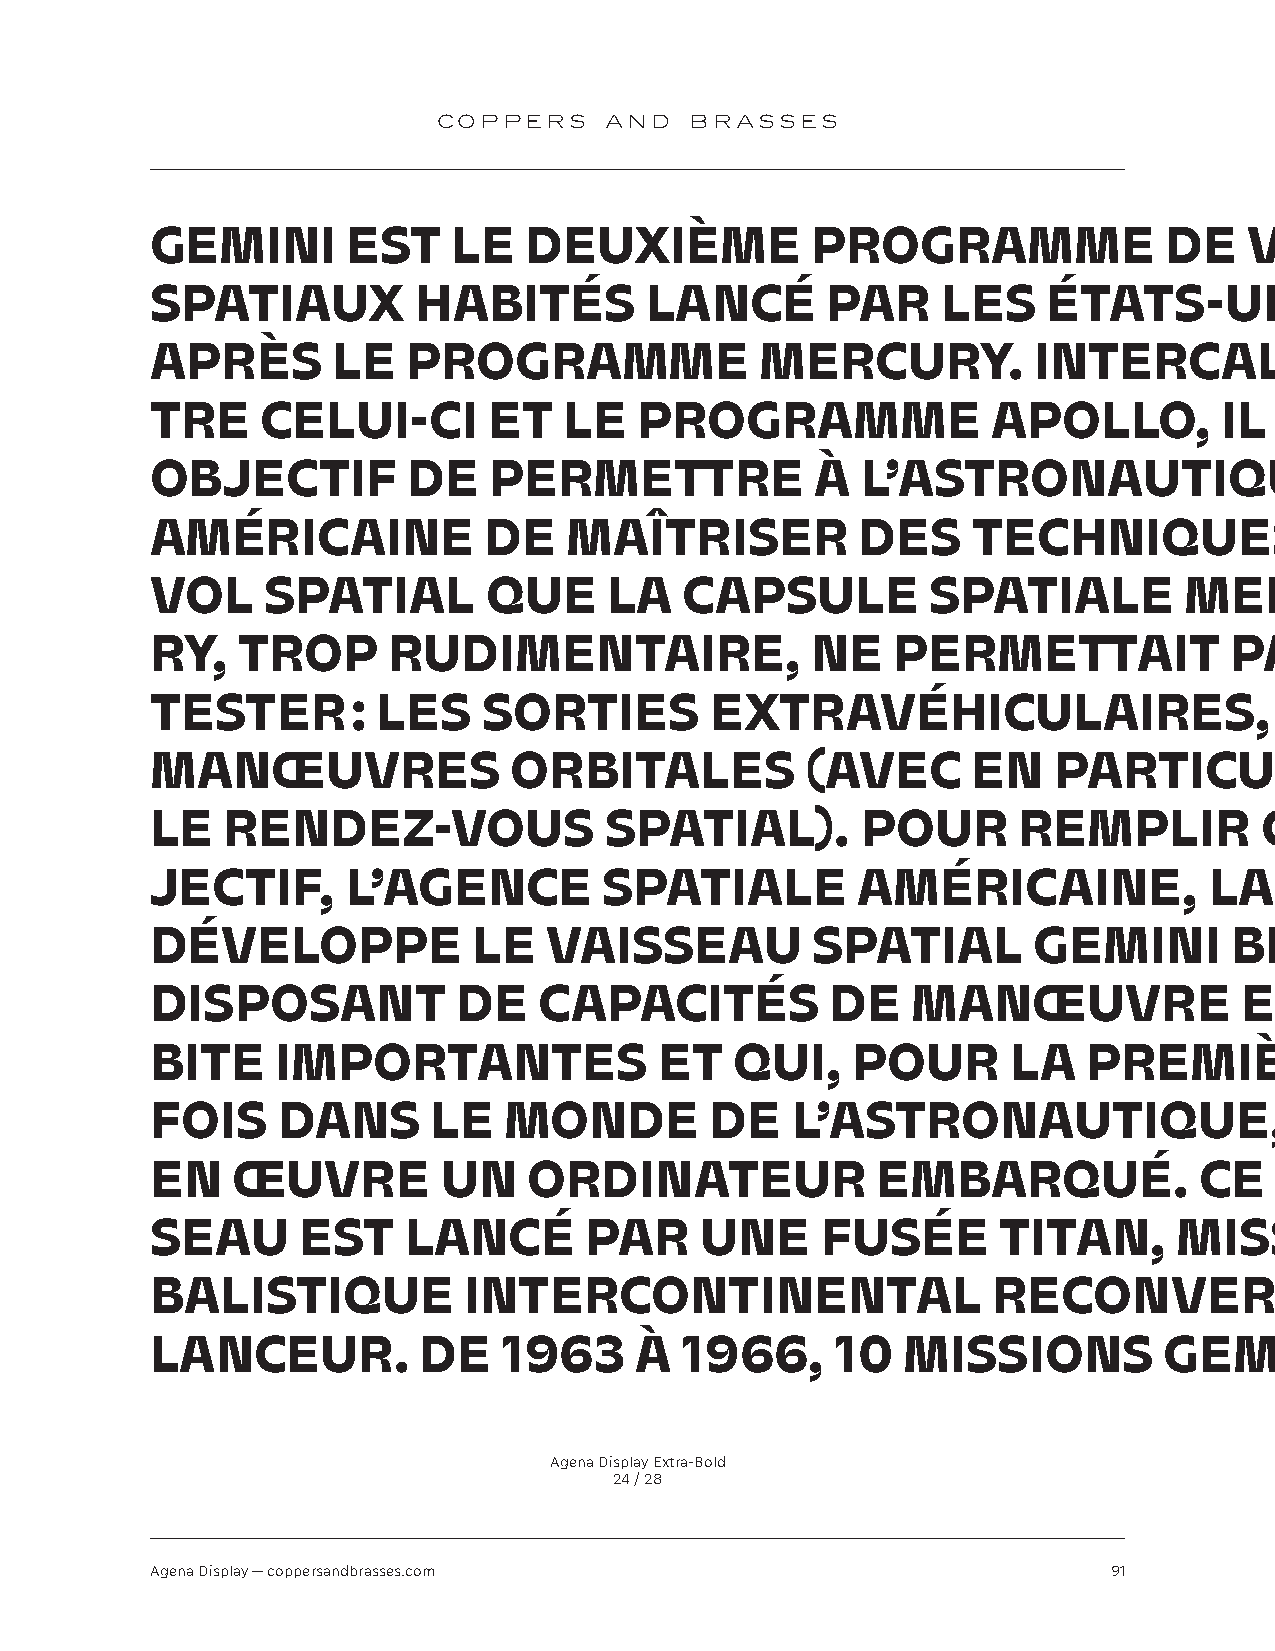
COPPERS    AND   BRASSES
 GEMINI       EST    LE   DEUXIÈME           PROGRAMME              DE    VOLS
 SPATIAUX         HABITÉS         LANCÉ       PAR    LES    ÉTATS-UNIS
 APRÈS       LE   PROGRAMME              MERCURY.          INTERCALÉ           EN-
 TRE    CELUI-CI       ET   LE   PROGRAMME               APOLLO,        IL  A  POUR
 OBJECTIF         DE   PERMETTRE             À  L’ASTRONAUTIQUE
 AMÉRICAINE            DE    MAÎTRISER          DES    TECHNIQUES             DE
 VOL    SPATIAL        QUE     LA   CAPSULE          SPATIALE        MERCU-
 RY,   TROP      RUDIMENTAIRE,               NE   PERMETTAIT            PAS     DE
 TESTER       : LES    SORTIES        EXTRAVÉHICULAIRES,                    LES
 MANŒUVRES               ORBITALES          (AVEC      EN    PARTICULIER
 LE   RENDEZ-VOUS              SPATIAL).        POUR      REMPLIR         CET     OB-
 JECTIF,      L’AGENCE         SPATIALE         AMÉRICAINE,            LA   NASA,
 DÉVELOPPE            LE   VAISSEAU          SPATIAL       GEMINI        BIPLACE
 DISPOSANT           DE    CAPACITÉS          DE   MANŒUVRE              EN    OR-
 BITE    IMPORTANTES               ET   QUI,   POUR       LA   PREMIÈRE
 FOIS    DANS       LE  MONDE         DE   L’ASTRONAUTIQUE,                  MET
 EN   ŒUVRE         UN    ORDINATEUR             EMBARQUÉ.            CE   VAIS-
 SEAU      EST    LANCÉ       PAR    UNE     FUSÉE       TITAN,      MISSILE
 BALISTIQUE           INTERCONTINENTAL                   RECONVERTI            EN
 LANCEUR.          DE   1963     À  1966,     10   MISSIONS         GEMINI
 Agena Display Extra-Bold
 24 / 28
 Agena Display — coppersandbrasses.com                           91